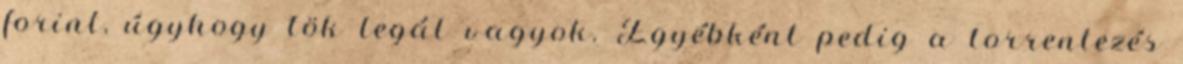
forint, úgyhogy tök legál vagyok. Egyébként pedig a torrentezés